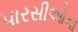
પારસીઓના